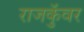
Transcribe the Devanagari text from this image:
राजकुॅवर